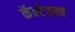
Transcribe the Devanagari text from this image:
कॅल्टेक्सचे